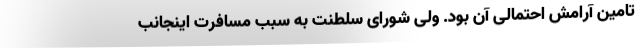
تامین آرامش احتمالی آن بود. ولی شورای سلطنت به سبب مسافرت اینجانب